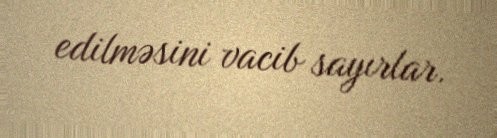
edilməsini vacib sayırlar.